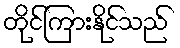
တိုင်ကြားနိုင်သည်